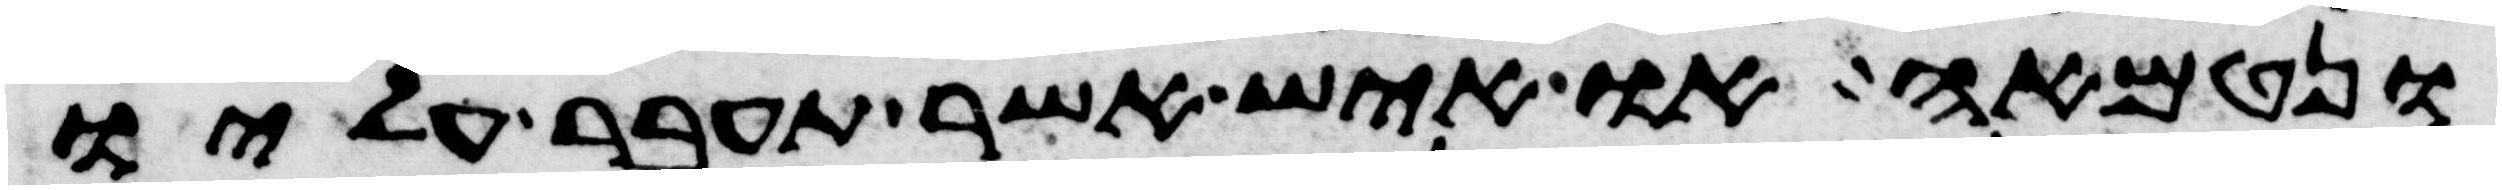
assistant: ונטמאה או איש אשר תעבר עליו